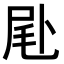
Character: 𠧮